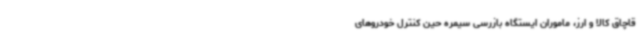
قاچاق کالا و ارز، ماموران ایستگاه بازرسی سیمره حین کنترل خودروهای